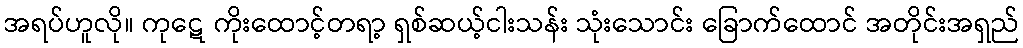
အရပ်ဟူလို။ ကုဋေ ကိုးထောင့်တရာ့ ရှစ်ဆယ့်ငါးသန်း သုံးသောင်း ခြောက်ထောင် အတိုင်းအရှည်